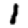
Digit: 1